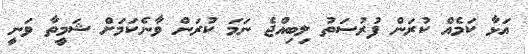
އަޅާ ކަމެއް ކުރަން ފުރުސަތު ލިބިއްޖެ ނަމަ ކުރަން ވާނެކަމަށް ޝަމީތާ ވަނީ